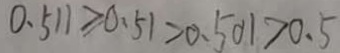
0 . 5 1 1 > 0 . 5 1 > 0 . 5 0 1 > 0 . 5